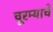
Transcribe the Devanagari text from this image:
चूरम्याचे